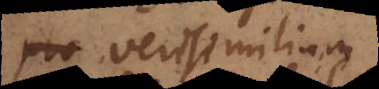
pro verisimilium.